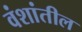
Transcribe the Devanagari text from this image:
वंशांतील